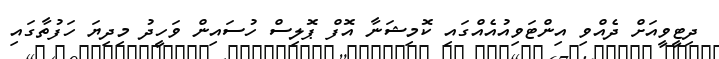
ދިޓީވީއަށް ދެއްވި އިންޓަވިއުއެއްގައި ކޮމިޝަނާ އޮފް ޕޮލިސް ހުސައިން ވަހީދު މިދިޔަ ހަފުތާގައި